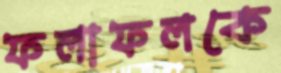
ফলাফলকে